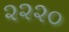
૨૨૨૦